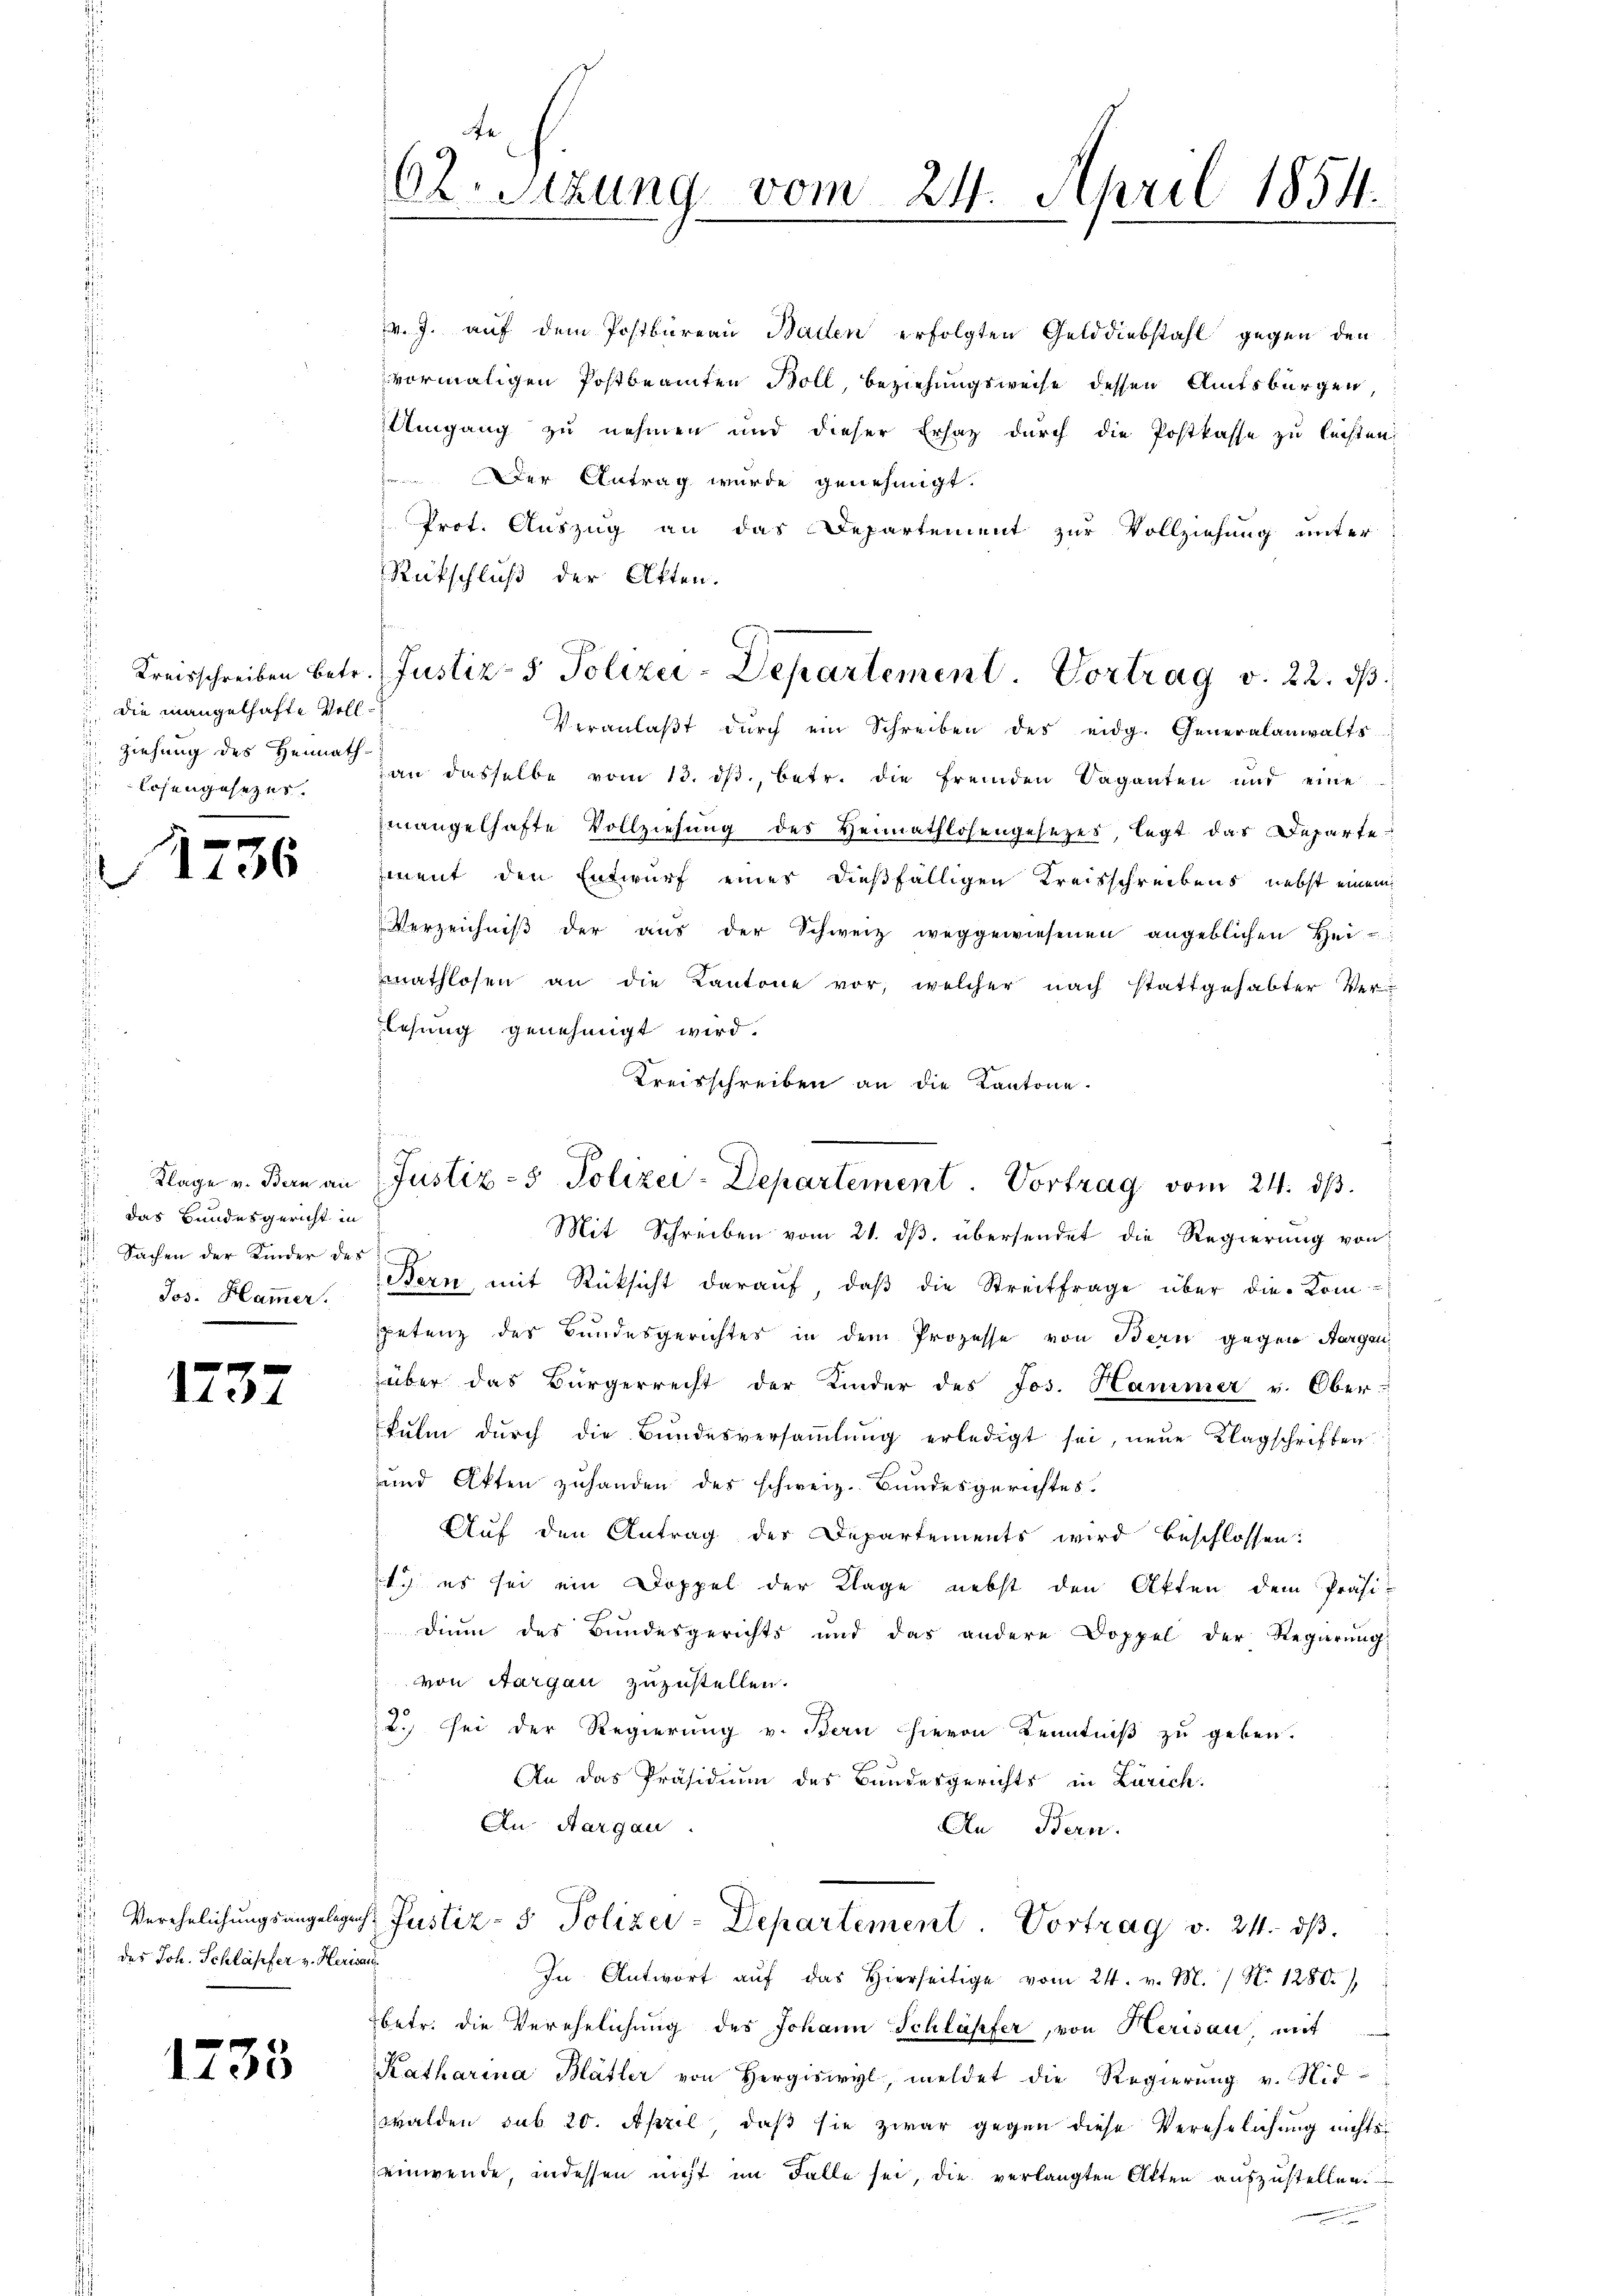
.
die mangelhafte Vollziehung des Heimathlosengesezes.

f 0 x
1106

das Bundesgericht in
 Sachen der Kinder des

1232

des Joh. Schläpfer v. Herisau

1738

62. Sitzung vom 24. April 1854.

v. J. auf dem Postbureau Baden erfolgten Gelddiebstahl gegen den
vormaligen Postbeamten Boll, Beziehungsweise dessen Amtsbürgen,
Umgang zu nehmen und dieser Ersatz durch die Postkasse zu leisten,
Der Antrag wurde genehmigt.
Prot. Auszug an das Departement zur Vollziehung unter
Rückschluß der Akten.
Veranlaβt dŭrch ein Schreiben des eidg. Generalanwalts
an dasselbe vom 13. ds., betr. die fremden Vaganten und eine
mangelhafte Vollziehung des Heimathlosengesezes, legt das Departement den Entwurf eines dießfälligen Kreisschreibens nebst einem
Verzeichniβ der aŭs der Schweiz weggewiesenen angeblichen Hei-
nathlosen an die Kantone vor, welcher nach stattgehabter Ver-
lesung genehmigt wird.
Kreisschreiben an die Kantone.
Mit Schreiben vom 21. dβ übersendet die Regierung von
Jos. Hamer. Bern mit Rücksicht daraŭf, daβ die Streitfrage über die Kompetenz des Bundesgerichtes in dem Prozesse von Bern gegen Aargau
über das Bürgerrecht der Kinder des Jos. Hanimer v. Ober-
kulm durch die Bundesversaṁlŭng erledigt sei, neue Klagschriften
und Akten zuhanden des schweiz. Bundesgerichtes.
Auf den Antrag des Departements wird beschlossen:
ty es sei ein Doppel der Klage nebst den Akten dem Präsi-
Dinn das Bundesgerichts und das andere Doppel der Regierŭng
von Aargau zuzustellen.
2.) Sei der Regierung v. Bern hievon Kenntniß zu geben.
An das Präsidium des Bundesgerichts in Zürich.
An Aargau.
An Bern.
Verehelichungsangelegen Justiz- & Polizei-Departement. Vortrag v. 24. ds.
In Antwort aŭf das hierseitige vom 24. v. M. / No 1280.)
betr. die Verehelichung des Johann Schläpfer, von Herisau, mit
Katharina Blätler von Hergiswyl, meldet die Regierung v. Nid-
walden sub 20. April, daβ sie zwar gegen diese Verehelichung nichtseinwende, indessen nicht im Falle sei, die verlangten Alten auszustellen.
n

Kreisschreiben betr. Justiz- & Polizei-Departement Vortrag v. 22. ds.

A
Klage v. Bern an Justiz- & Polizei-Departement. Vortrag vom 24. ds.